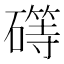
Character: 𰧥